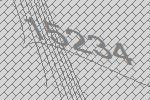
15234